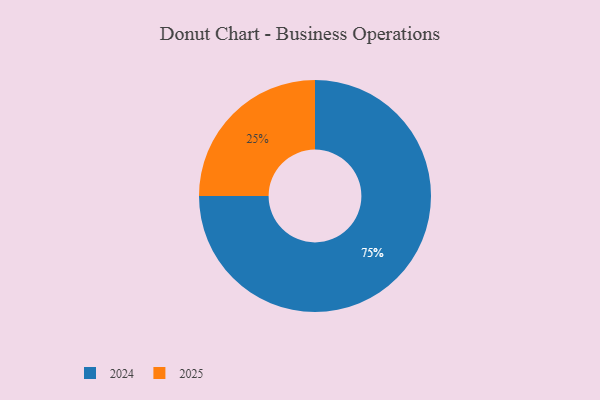
{"axis": {"x": "Category", "y": "Percentage"}, "legend": ["2024", "2025"], "data": [{"x": "2025", "y": 25, "type": "2025"}, {"x": "2024", "y": 75, "type": "2024"}]}